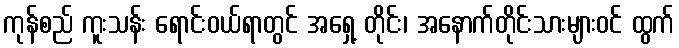
ကုန်စည် ကူးသန်း ရောင်းဝယ်ရာတွင် အရှေ့ တိုင်း၊ အနောက်တိုင်းသားများဝင် ထွက်